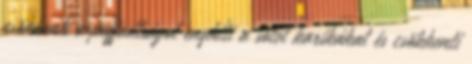
csökkenti a puffadtságot enyhíti a sötét karikákat és csökkenti